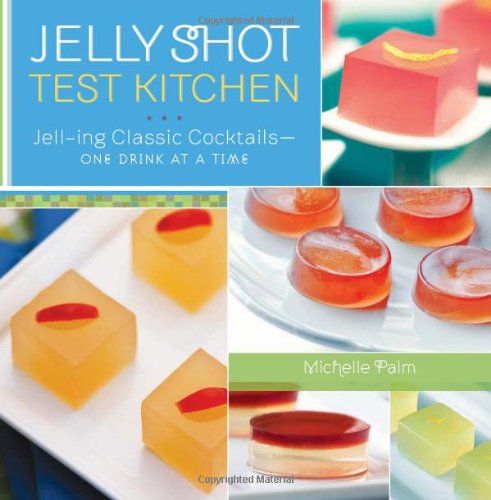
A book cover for Jelly Shot Test Kitchen: Jell-ing Classic CocktailsEEOne Drink at a Time; Michelle Palm; Cookbooks, Food & Wine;